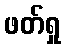
ဖတ်ရှု